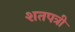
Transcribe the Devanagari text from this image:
शतपत्री